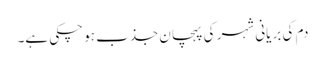
دم کی بریانی شہر کی پہچان جذب ہو چکی ہے۔